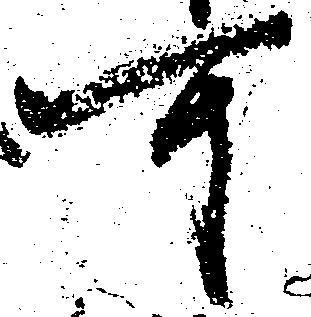
可